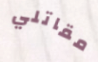
مقاتلي